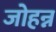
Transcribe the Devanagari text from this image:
जोहन्न